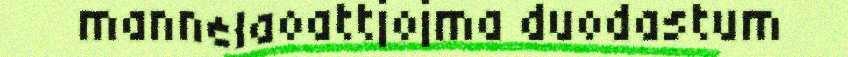
mannelaoattjojma duodastum